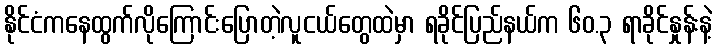
နိုင်ငံကနေထွက်လိုကြောင်းပြောတဲ့လူငယ်တွေထဲမှာ ရခိုင်ပြည်နယ်က ၆၀.၃ ရာခိုင်နှုန်းနဲ့